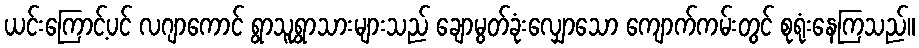
ယင်းကြောင့်ပင် လဂျာကောင် ရွာသူရွာသားများသည် ချောမွတ်ခုံးလျှောသော ကျောက်ကမ်းတွင် စုရုံးနေကြသည်။